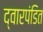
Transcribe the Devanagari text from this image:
द्वारपंडित